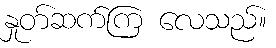
နှုတ်ဆက်ကြ လေသည်။